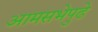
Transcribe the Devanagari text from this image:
आमसभेपुढे